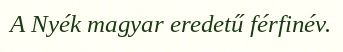
A Nyék magyar eredetű férfinév.